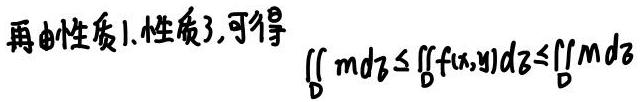
再由性质1.性质3,可得
\[\iint_{D} m \mathrm{d} \sigma \leq \iint_{D} f(x, y) \mathrm{d} \sigma \leq \iint_{D} M \mathrm{d} \sigma\]